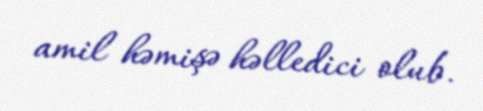
amil həmişə həlledici olub.